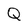
Character: Q